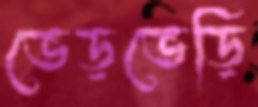
ভেড়ভেড়ি